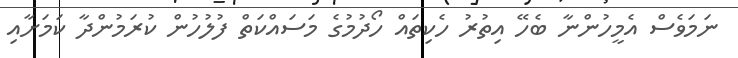
ނަމަވެސް އެމީހުންނާ ބެހޭ އިތުރު ހެކިތައް ހޯދުމުގެ މަސައްކަތް ފުލުހުން ކުރަމުންދާ ކަމަށާއި